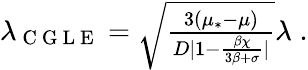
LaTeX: \begin{array}{r}{\lambda_{\mathrm{~C~G~L~E~}}=\sqrt{\frac{3(\mu_{*}-\mu)}{D|1-\frac{\beta\chi}{3\beta+\sigma}|}}\lambda\; .}\end{array}